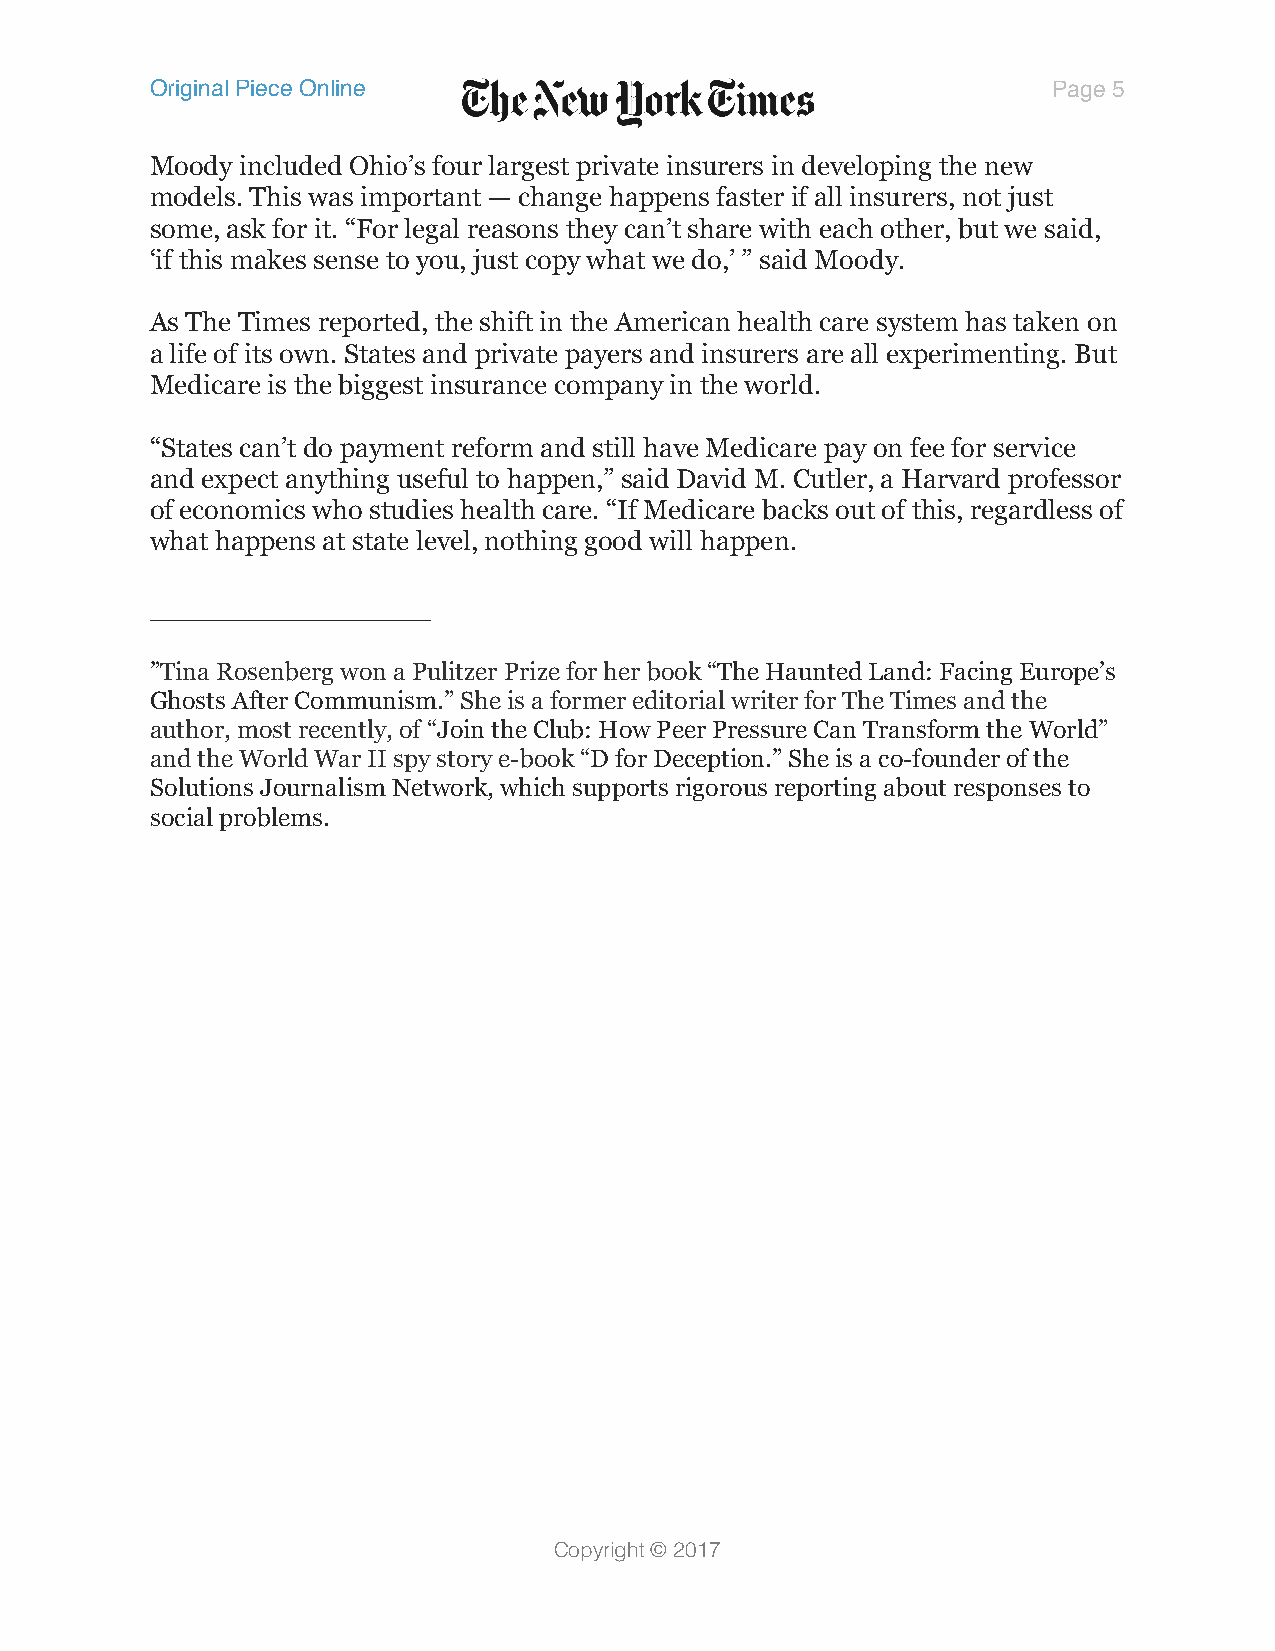
Original Piece Online                                       Page 5

 Moody included Ohio’s four largest private insurers in developing the new
 models. This was important — change happens faster if all insurers, not just
 some, ask for it. “For legal reasons they can’t share with each other, but we said,
 ‘if this makes sense to you, just copy what we do,’ ” said Moody.
 As The Times reported, the shift in the American health care system has taken on
 a life of its own. States and private payers and insurers are all experimenting. But
 Medicare is the biggest insurance company in the world.
 “States can’t do payment reform and still have Medicare pay on fee for service
 and expect anything useful to happen,” said David M. Cutler, a Harvard professor
 of economics who studies health care. “If Medicare backs out of this, regardless of
 what happens at state level, nothing good will happen.
 _______________
 ”Tina Rosenberg won a Pulitzer Prize for her book “The Haunted Land: Facing Europe’s
 Ghosts After Communism.” She is a former editorial writer for The Times and the
 author, most recently, of “Join the Club: How Peer Pressure Can Transform the World”
 and the World War II spy story e-book “D for Deception.” She is a co-founder of the
 Solutions Journalism Network, which supports rigorous reporting about responses to
 social problems.
 Copyright © 2017